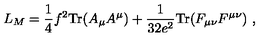
L _ { M } = \frac { 1 } { 4 } f ^ { 2 } \mathrm { T r } ( A _ { \mu } A ^ { \mu } ) + \frac { 1 } { 3 2 e ^ { 2 } } \mathrm { T r } ( F _ { \mu \nu } F ^ { \mu \nu } ) \ ,